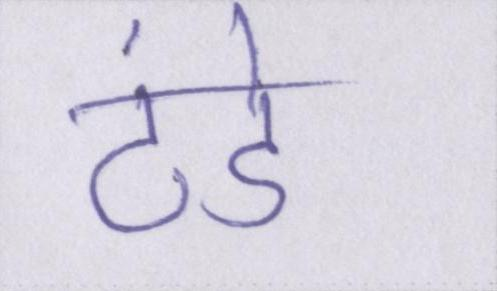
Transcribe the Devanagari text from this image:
ठंडे